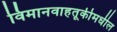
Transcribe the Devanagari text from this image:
विमानवाहतूकीमधील